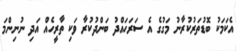
އެކަމަކު ބޮޑުތަރުކުރާނު މަގުގެ އެ ސަރަހައްދު ބަންދުކުރާ ވަކި ތާރީހެއް އަދި ނުނިންމަ